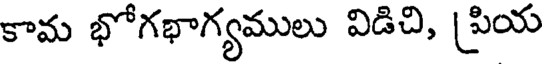
కామ భోగభాగ్యములు విడిచి, ప్రియ